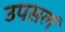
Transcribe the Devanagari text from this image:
उपसलं